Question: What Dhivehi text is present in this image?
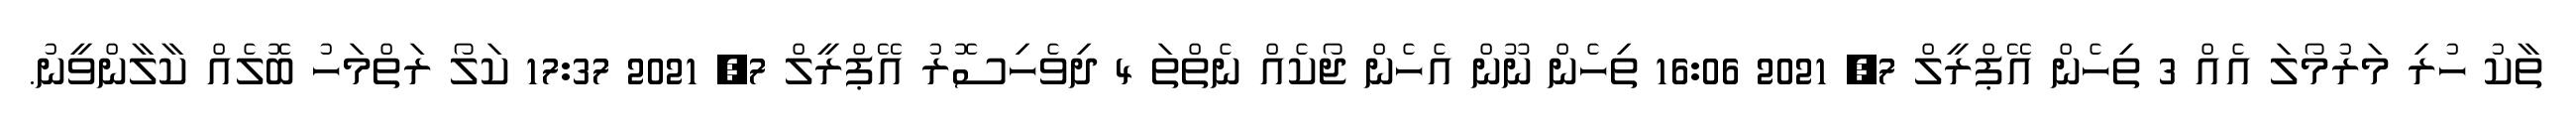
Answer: ތާކު ހުރި މަރުމޯލަ އެއް 3 ތިހެން އޭޕްރީލް 7, 2021 16:06 ތިހެން ނޫން އެހެން ޖޯކެއް ނެތްތަ 4 ދިވެހިސޮރު އޭޕްރީލް 7, 2021 17:37 ކަލޯ ރަތްމަހު ބޮލެއް ކާލާންވީނު.